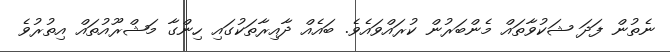
ނެތުން ފަދަ ޝަކުވާތައް މެންބަރުން ކުރައްވައެވެ. ބައެއް ދާއިރާތަކުގައި ހިންގާ މަޝްރޫއުތައް އިތުރުވެ